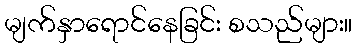
မျက်နှာရောင်နေခြင်း စသည်များ။